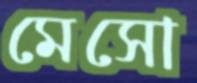
মেসো